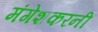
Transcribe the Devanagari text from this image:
मंगेशकरनी